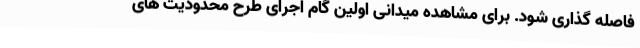
فاصله گذاری شود. برای مشاهده میدانی اولین گام اجرای طرح محدودیت های